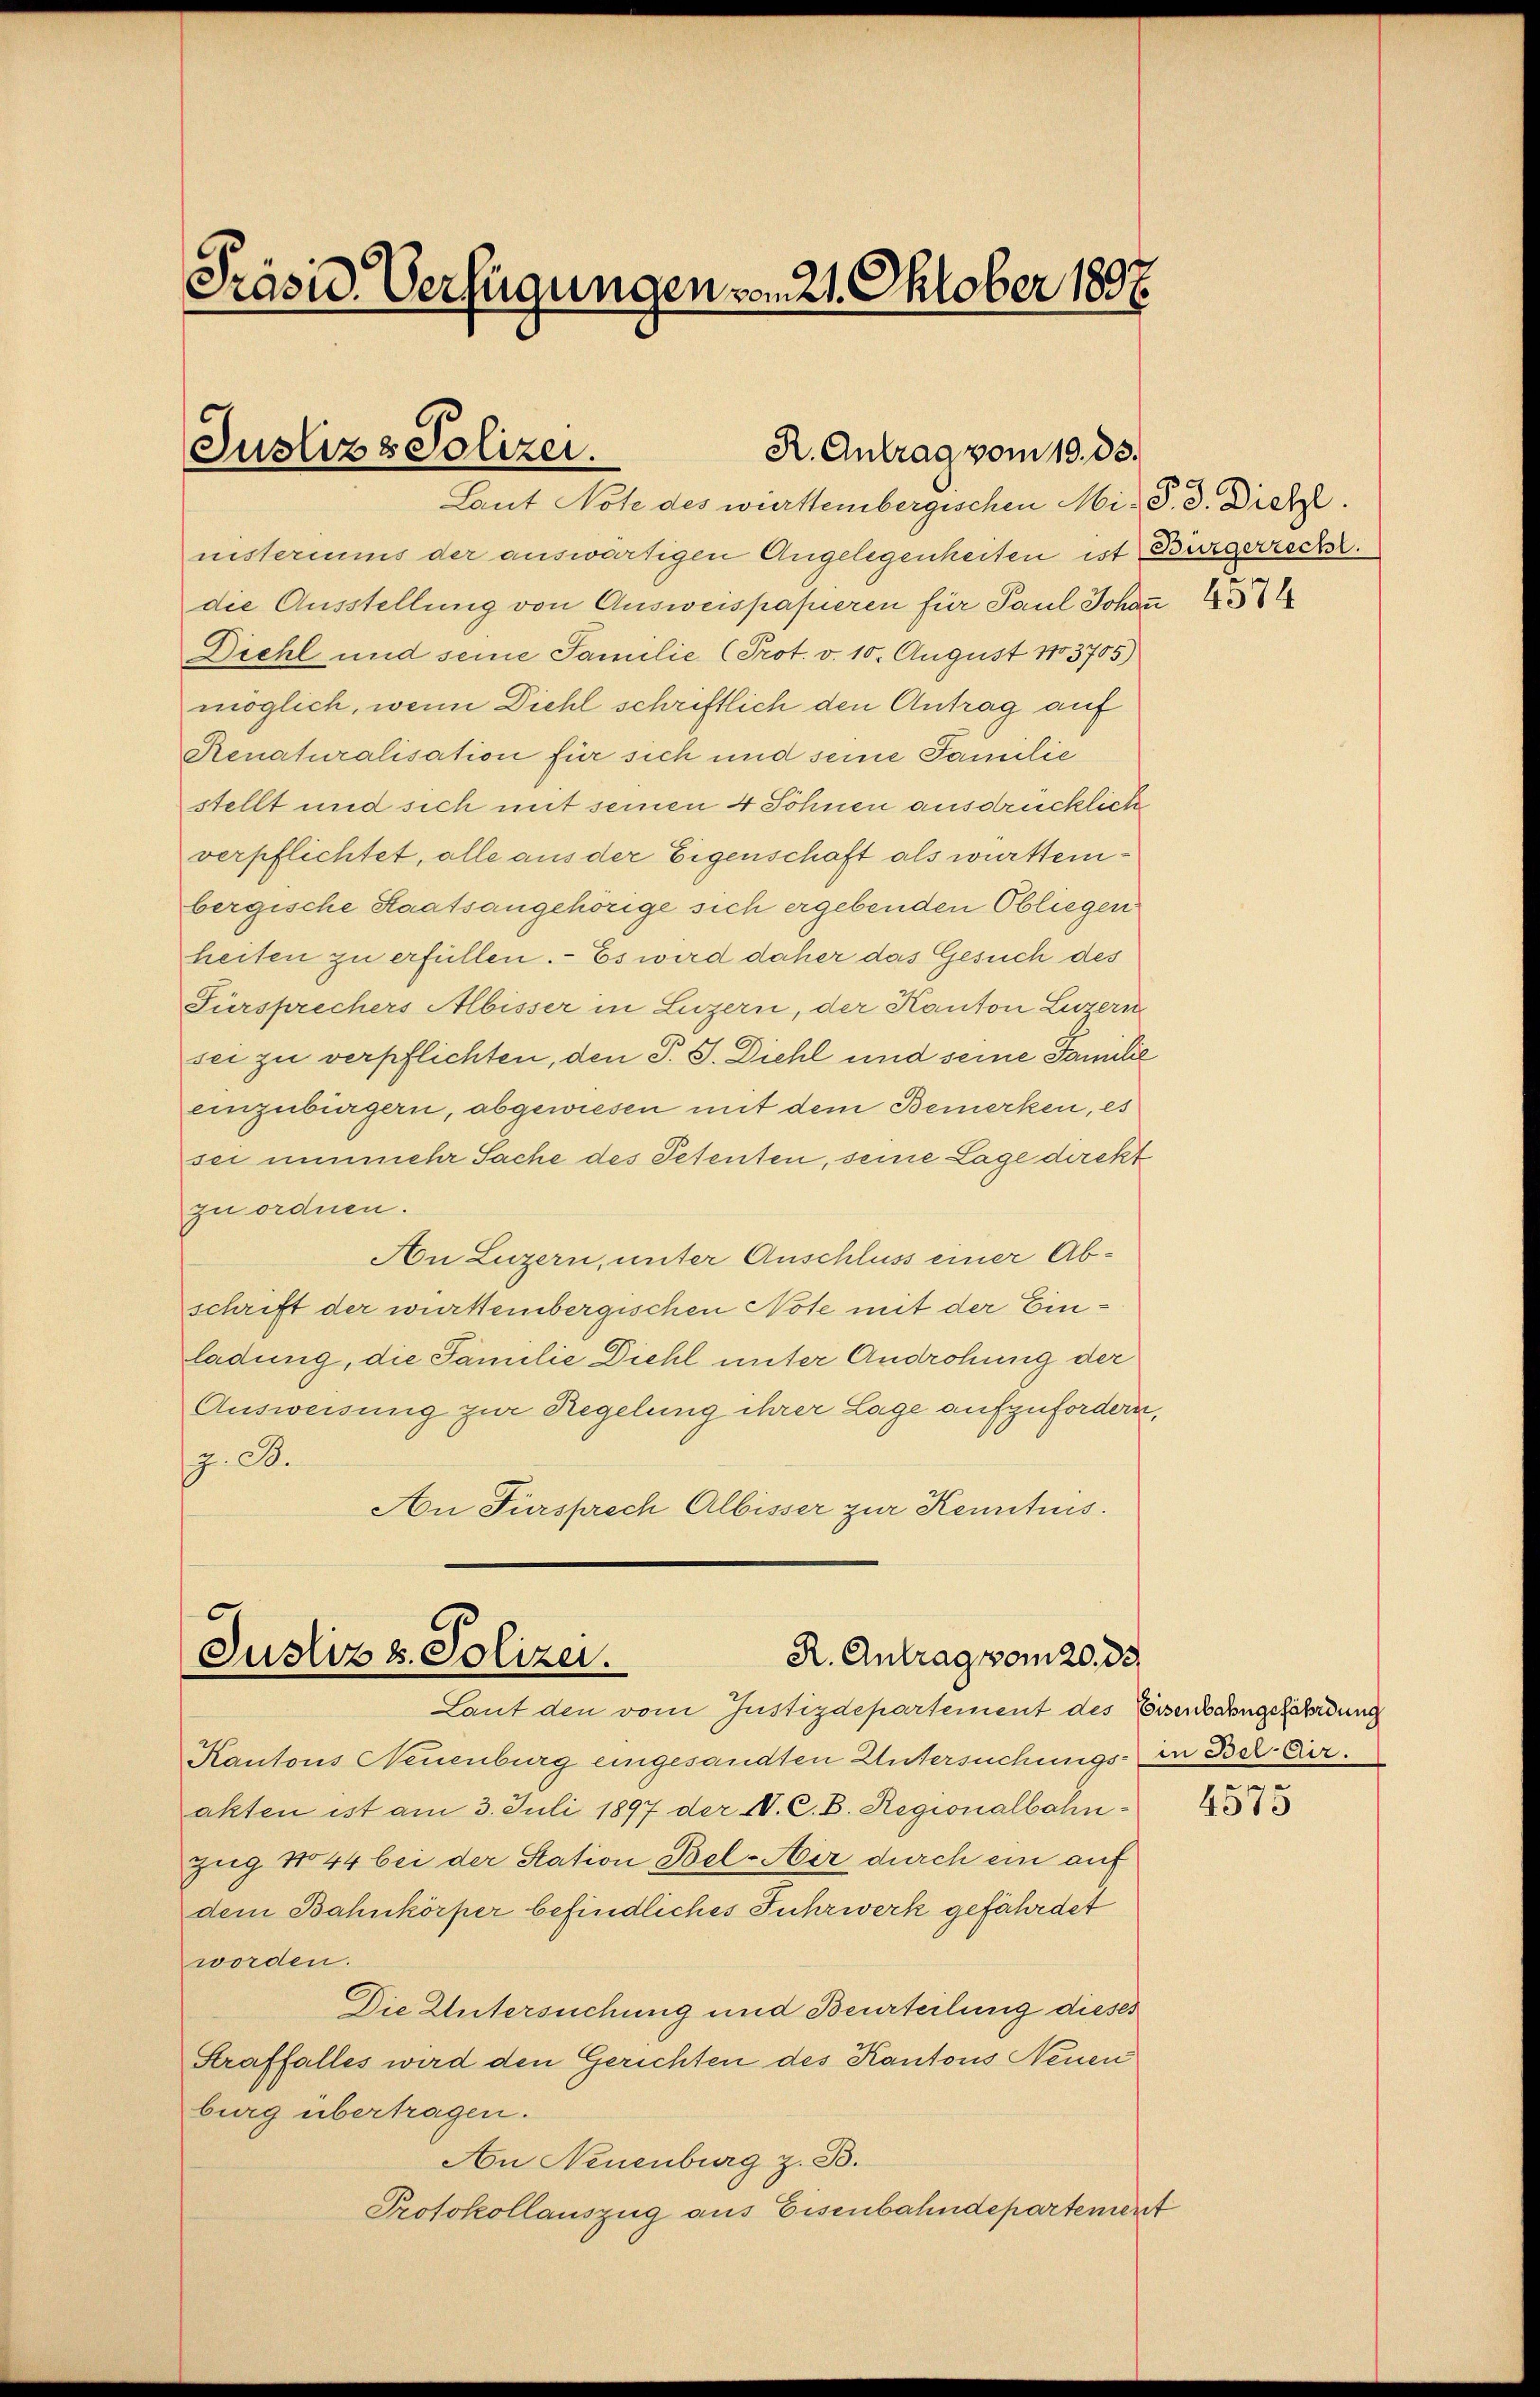
Präsid. Verfügungen vom 21. Oktober 1897.

Justiz & Polizei.
R. Antrag vom 10. ds.

Laut Note des württembergischen Mi-S. D. Dietz.
nisteriums der auswärtigen Angelegenheiten ist Bürgerrecht.
die Ausstellung von Ausweispapieren für Paul Johan 43
Diehl und seine Familie (Prot. v. 10. August 1883705)
möglich, wenn Diehl schriftlich den Antrag auf
Renaturalisation für sich und seine Familie
stellt und sich mit seinen 4 Sohnen ausdrücklich
verpflichtet, alle aus der Eigenschaft als württembergische Staatsangehörige sich ergebenden Obliegen
heiten zu erfüllen. – Es wird daher das Gesuch des
Fürsprechers Albisser in Luzern, der Kanton Luzern
sei zu verpflichten, den P. J. Diehl und seine Familie
einzubürgern, abgewiesen mit dem Bemerken, es
sei nunmehr Sache des Petenten, seine Lage direkt
zu ordnen.
An Luzern, unter Anschluss einer Abschrift der württembergischen Note mit der Einladung, die Familie Diehl unter Androhung der
Ausweisung zur Regelung ihrer Lage aufzufordern,
z. C.
An Fürsprech Albisser zur Kenntnis.

R. Antrag vom 20. de
Justiz & Polizei.
Laut den vom Justizdepartement des Eisenbahngefährdung

Kantons Neuenburg eingesandten Untersuchungs- in Betr. Cirakten ist am 3. Juli 1897 der IV. C. B. Regionalbahn¬
Zug No 44 bei der Station Bel-Aber durch ein auf
dem Bahnkörper befindliches Fuhrwerk gefährdet
worden.
Die Untersuchung und Beurteilung dieses
Straffalles wird den Gerichten des Kantons Neuen
burg übertragen.
An Neuenburg z. B.
Protokollauszug aus Eisenbahndepartement

f

4575